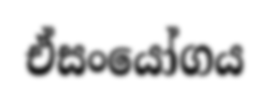
ඒසංයෝගය